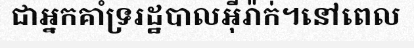
ជាអ្នកគាំទ្ររដ្ឋបាលអ៊ីរ៉ាក់។នៅពេល